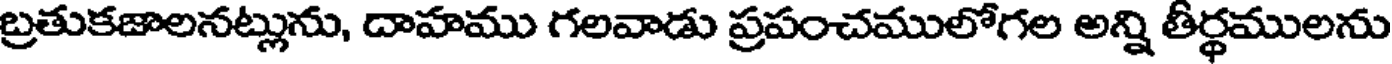
బ్రతుకజాలనట్లును, దాహము గలవాడు ప్రపంచములోగల అన్ని తీర్థములను